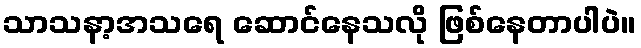
သာသနာ့အသရေ ဆောင်နေသလို ဖြစ်နေတာပါပဲ။